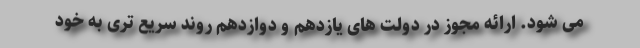
می شود. ارائه مجوز در دولت های یازدهم و دوازدهم روند سریع تری به خود